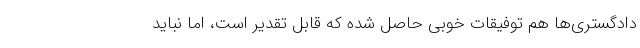
دادگستری‌ها هم توفیقات خوبی حاصل شده که قابل تقدیر است، اما نباید